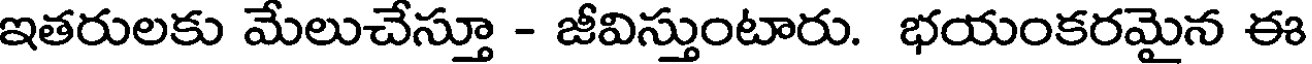
ఇతరులకు మేలుచేస్తూ - జీవిస్తుంటారు. భయంకరమైన ఈ